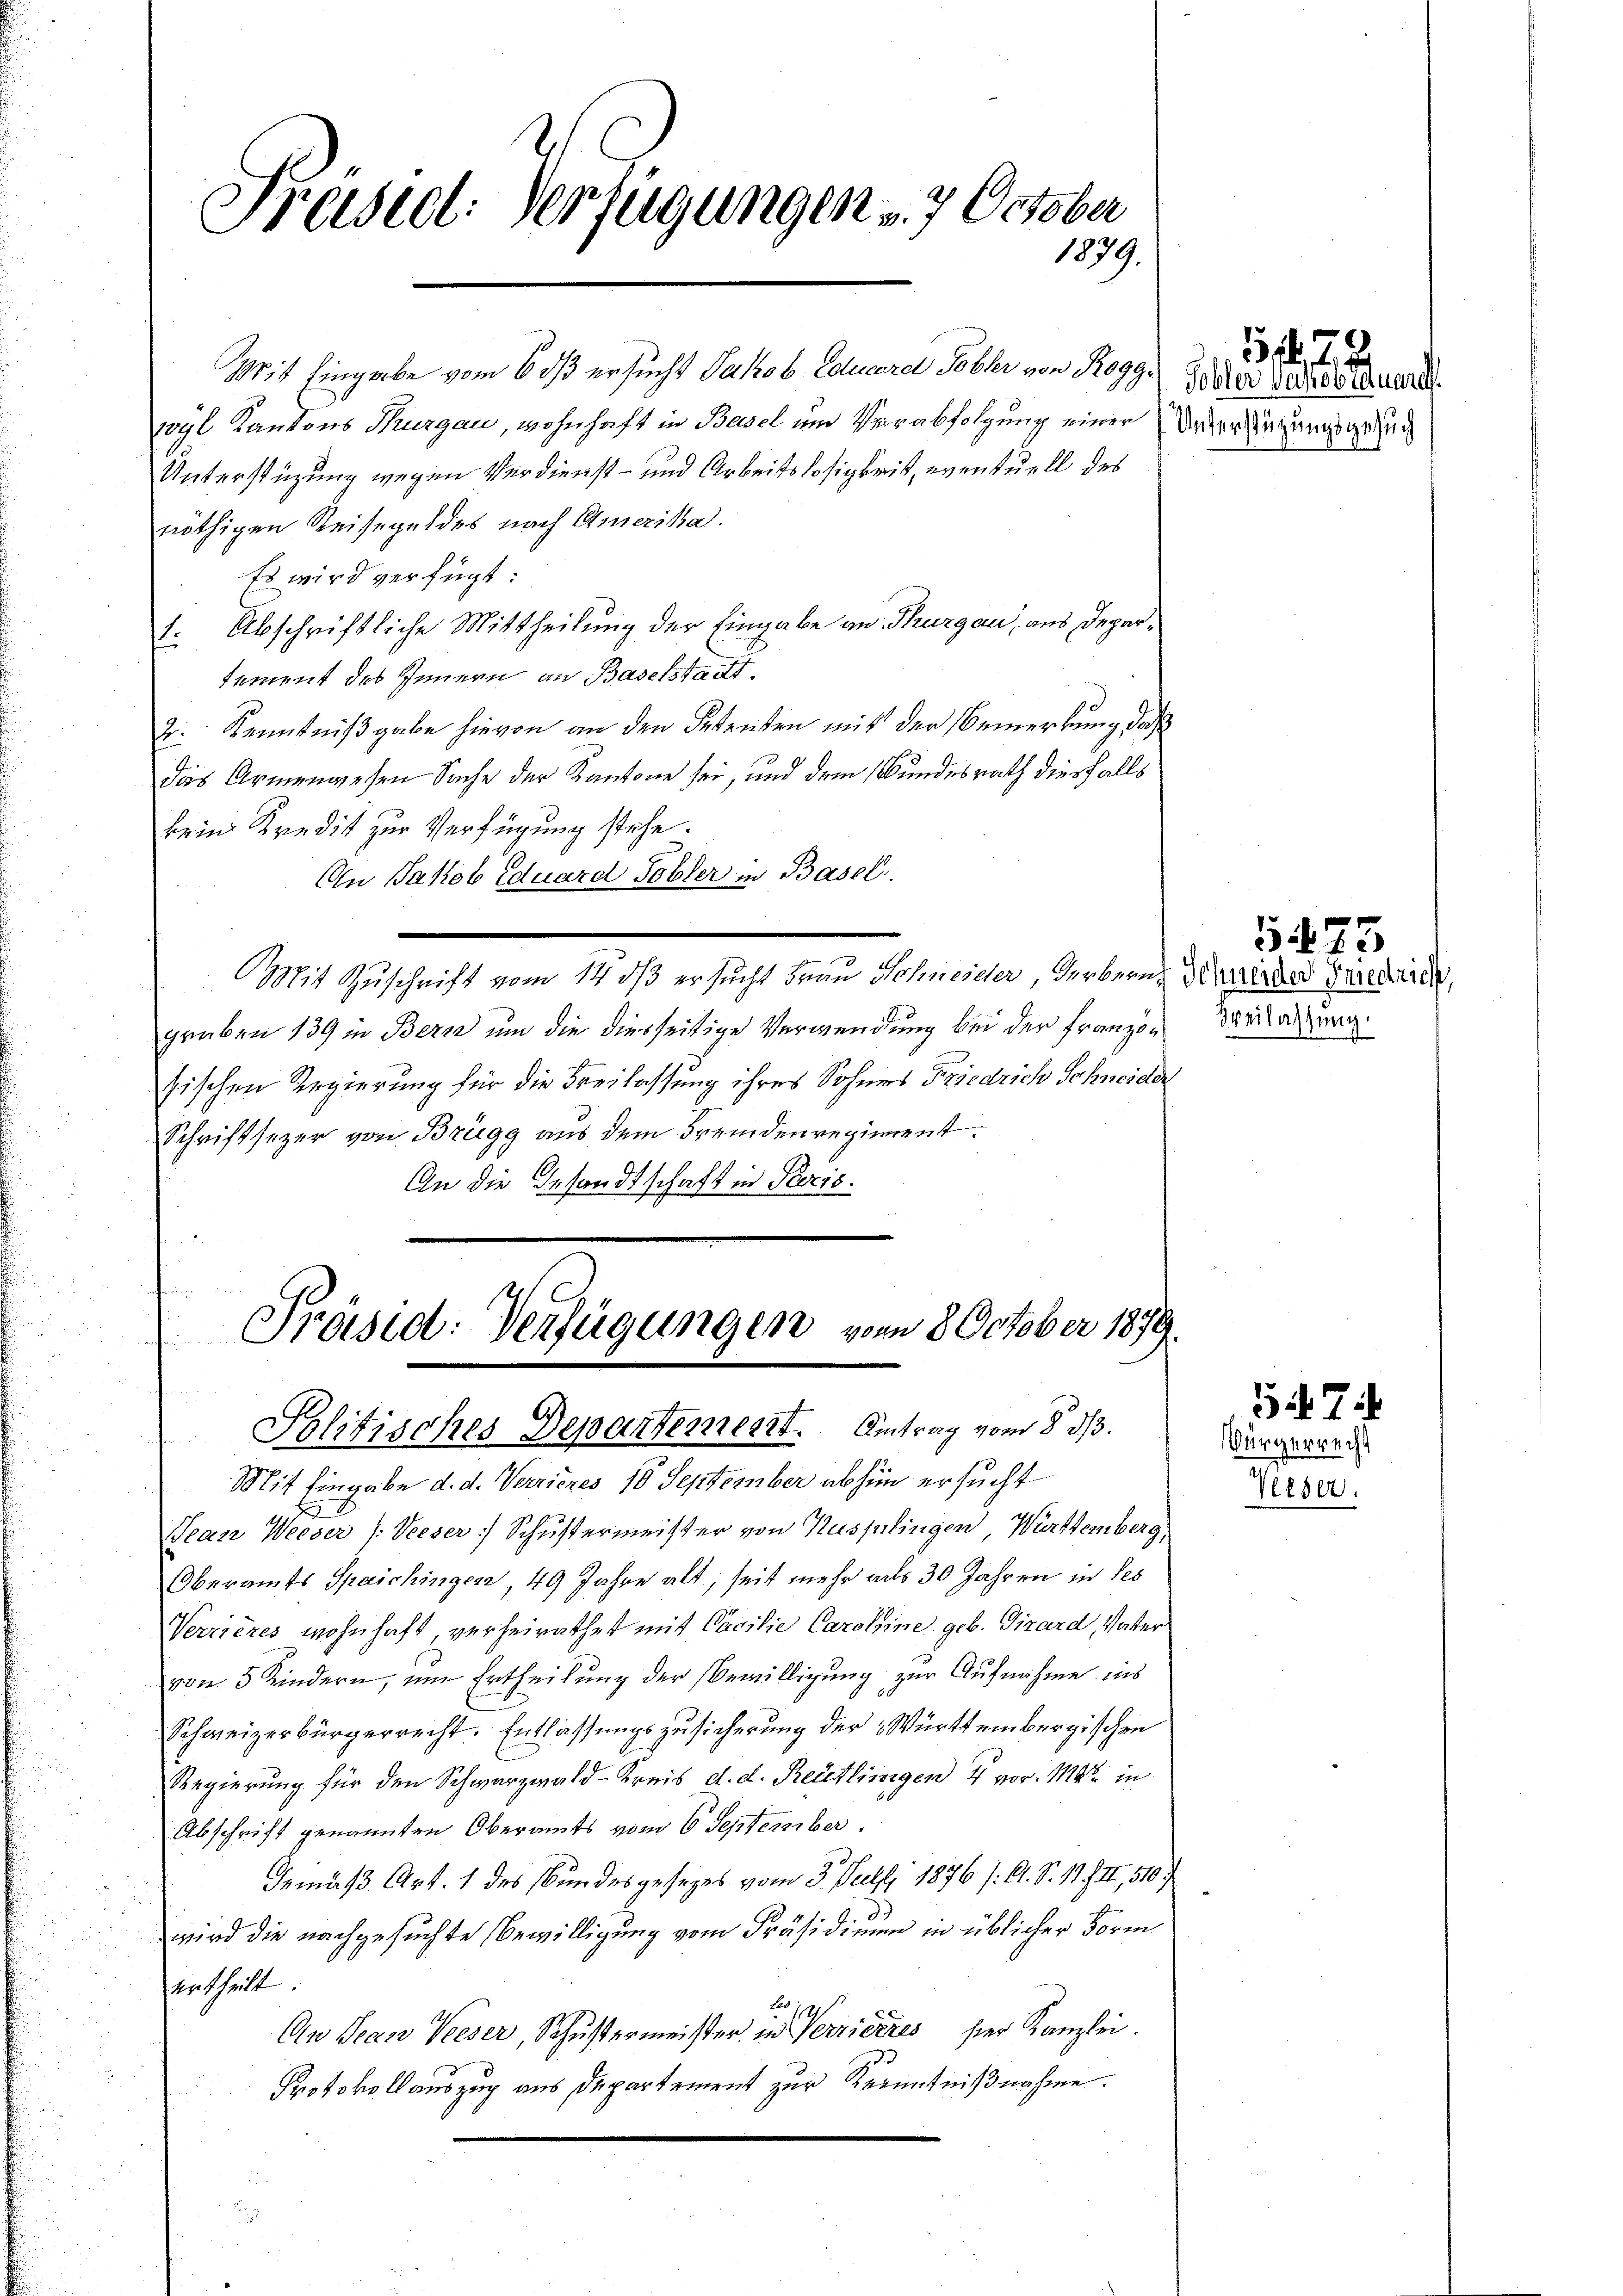
Präsid. Verfügungen v. 7. October
1879.

Mit Eingabe vom 6 dß ersucht Jakob. Eduarel Tobler von Rogge
wyl Kantons Thurgau, wohnhaft in Basel um Verabfolgung einer Widerstüzungsgesuc
Unterstüzung wegen Verdienst – und Arbeitslosigkeit, eventuell des
nöthigen Reisegeldes nach Amerika.
Es wird verfügt:
1. Abschriftliche Mittheilung der Eingabe an Thurgau, aus Deparsement des Innern an Baselstadt.
2. Kenntnißgabe hievon an den Betreiten mit der Bemerkung des
das Armenwesen Sache der Kantone sei, und dem Wundesrath diesfalls
kein Kredit zur Verfügung stehe.
An Jakob Eduard Tobler in Basel,
Mit Zuschrift vom 14. ds ersucht Frau Schneidler, Herbern, Frieder Graediren,
graben 139 in Bern um die diesseitige Verwendung bei der Französischen Regierung für die Freilassung ihres Sohners Friedrich Schneider
Schriftsezer von Brügg aus dem Fremdenregiment.
An die Gesandtschaft in Paris.

Präsid: Verfügungen vom 8 October 1879.
Politisches Departement. Antrag vom 8. d.

Mit Eingabe d. d. Verrieres 18 September abhin ersucht
Jean Weeser (Veeser Schustermeister von Kusslingen, Württemberg,
Oberamts Spaichingen, 49 Jahre alt, seit mehr als 30 Jahren in des
Verzieres wohnhaft, verheirathet mit Cacilie Caroline geb. Girard, Vater
von 5 Kindern, um Ertheilung der Bewilligung zur Aufnahme ins
Schweizerbürgerrecht. Entlassungszusicherung der Württembergischen
Regierung für den Schwarzwald-Kreis d. d. Reutlingen 4 vor. Mtt. in
Abschrift genannten Oberamts vom 6 September.
Gemäß Art. 1 des Bundesgesezes vom 3. Juli 1876 /:21. S. 11. III, 510
wird die nachgesuchte Bewilligung vom Präsidium in üblicher Form
urtheilt
An Jean Peeser, Schustermeister in Verriertes hier Kanzlei.
Protokollauszug aus Departement zur Kenntnißnahme.

Tobler verpostquarel

5f

525
Freilassung.

Verser.

547.
Bürgerrecht